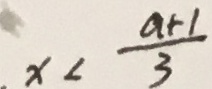
x < \frac { a + 1 } { 3 }